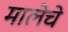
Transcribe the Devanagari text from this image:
मालेचे